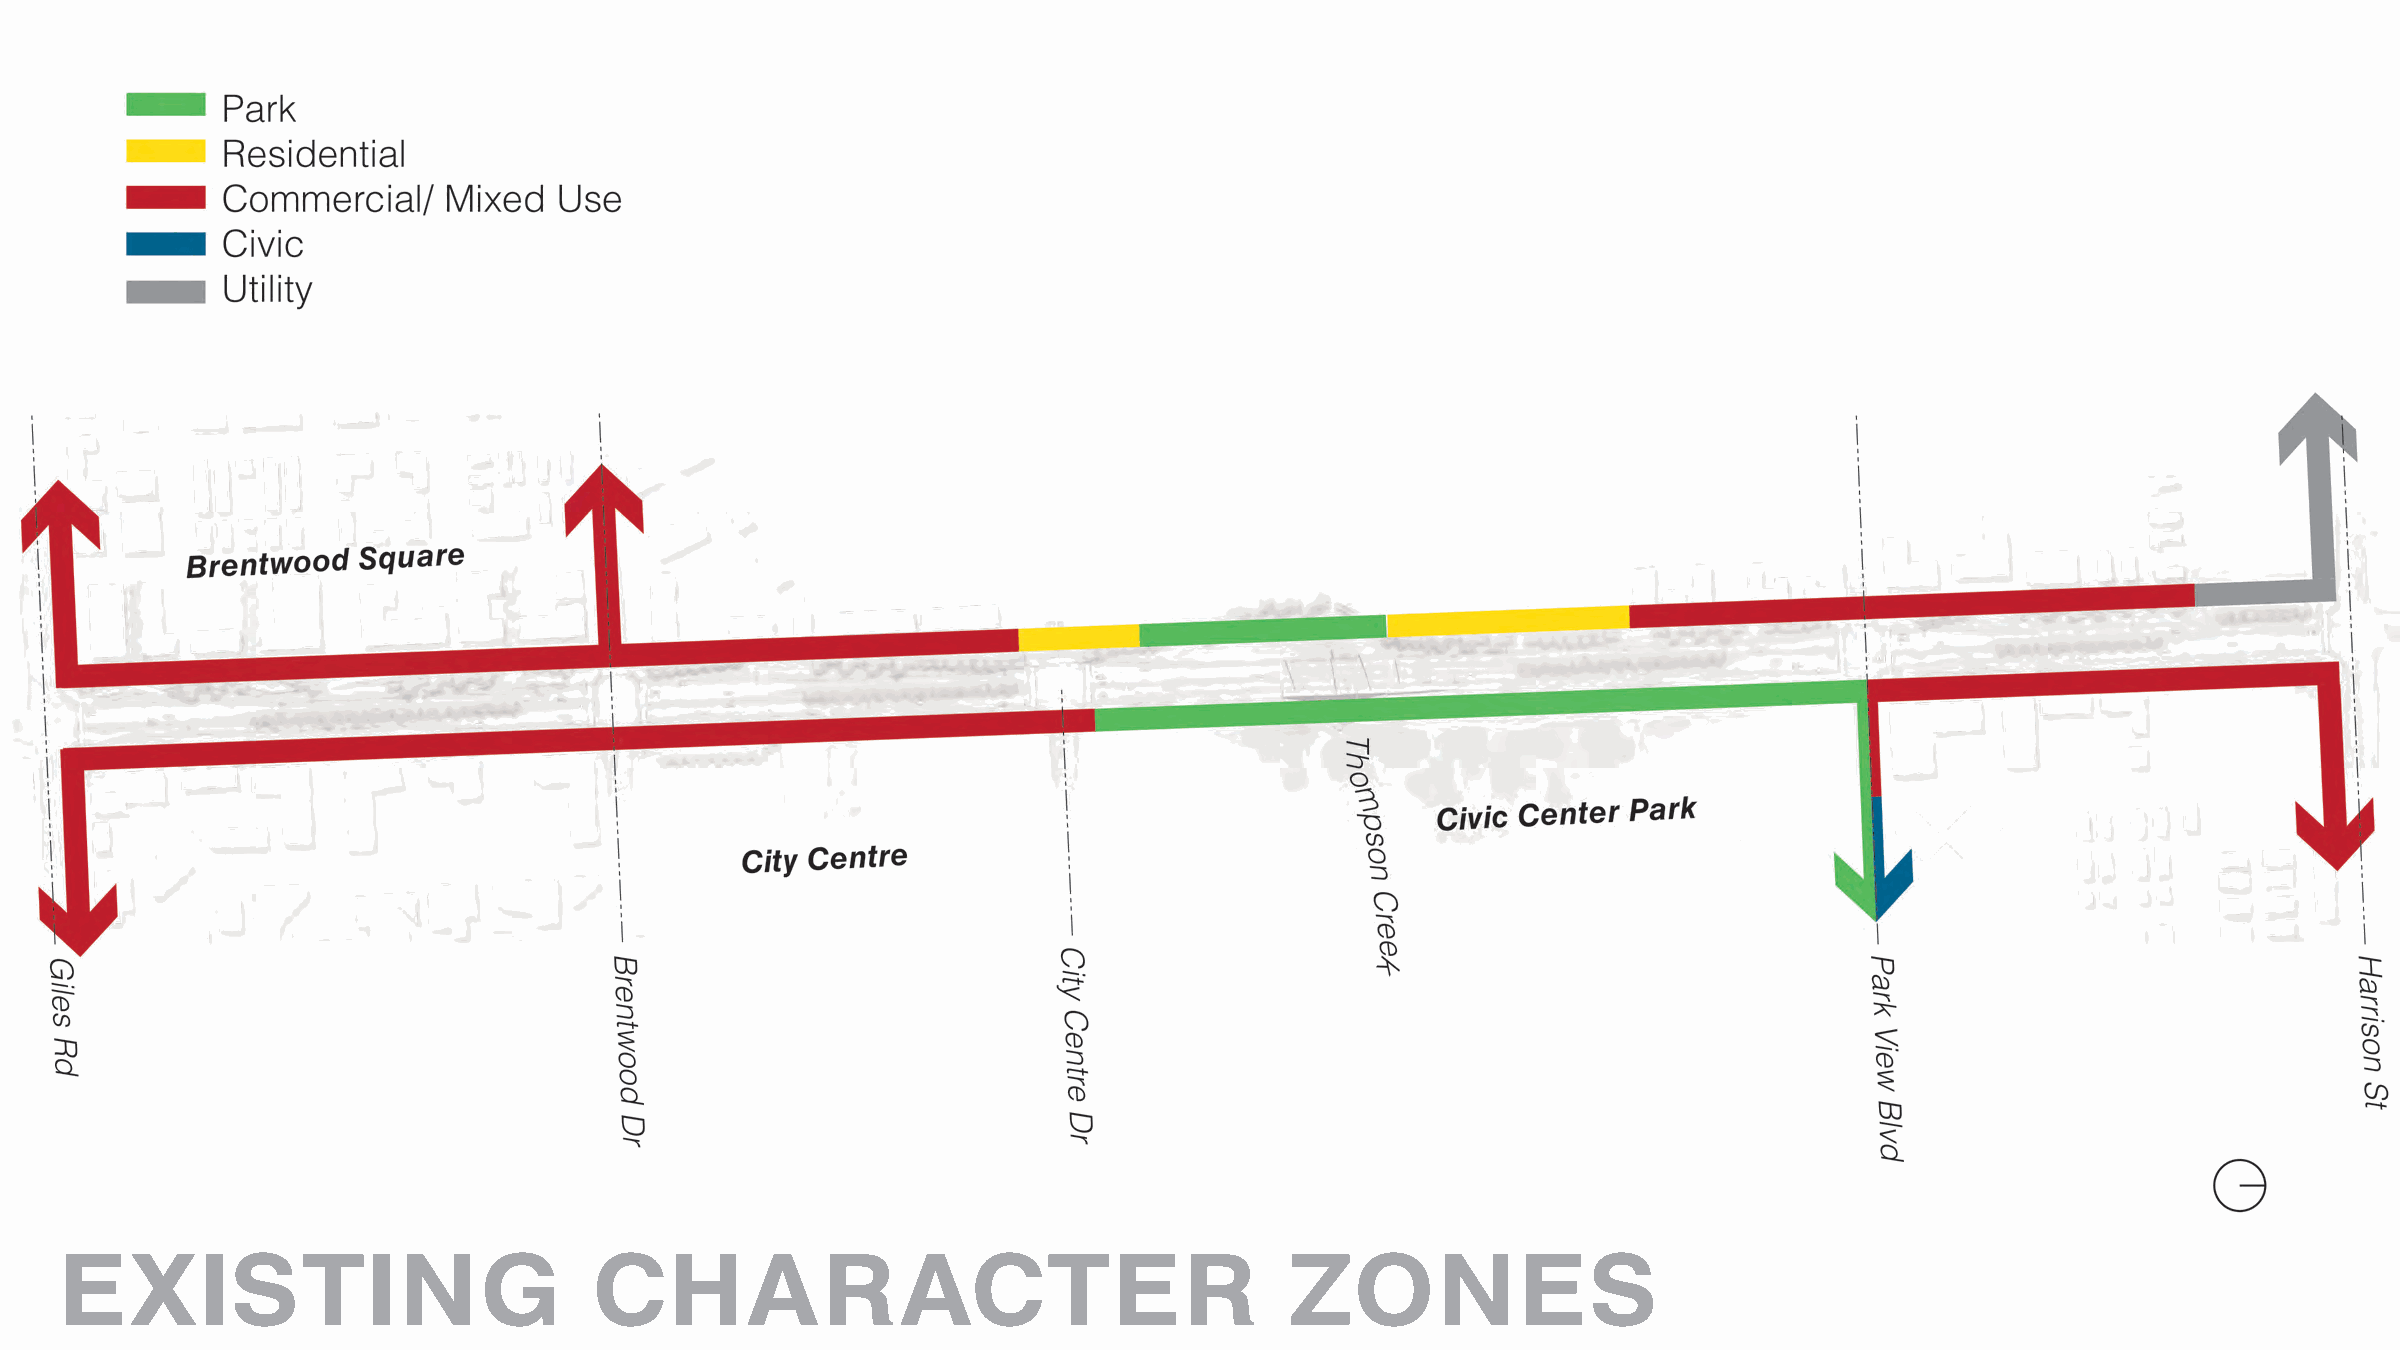
EXISTING                           CHARACTER                                     ZONES